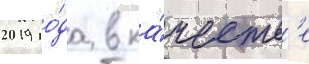
2019 го́да в ка́честв'е